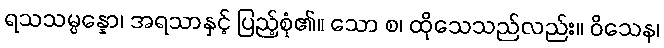
ရသသမ္ပန္နော၊ အရသာနှင့် ပြည့်စုံ၏။ သော စ၊ ထိုသေသည်လည်း။ ဝိသေန၊